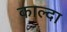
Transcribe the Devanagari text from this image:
काल्दा